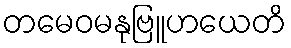
တမေဝမနုဗြူဟယေတိ